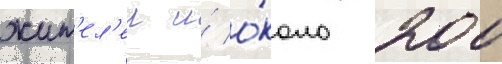
жит'ел'еи и́ о́коло 200